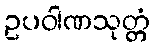
ဥပဝါဏသုတ္တံ